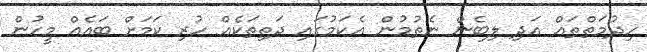
ހިދުމަތްތައް އަދި ލިބެން ނެތުމުން އެކަމުގައި ދަތިތަކެއް ހުރި ކަމަށް ބައެއް މީހުން